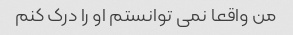
من واقعا نمی توانستم او را درک کنم